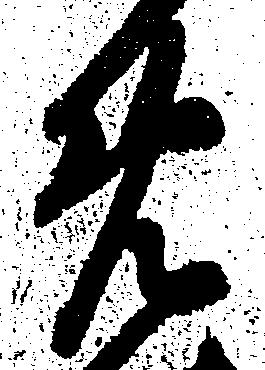
め